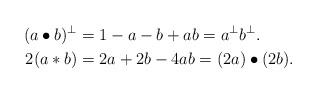
LaTeX: \begin{align*}(a\bullet b)^\perp&=1-a-b+ab=a^\perp b^\perp.\\2(a*b)&=2a+2b-4ab=(2a)\bullet(2b).\end{align*}